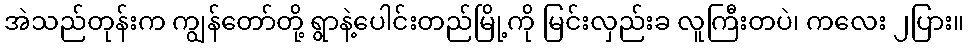
အဲသည်တုန်းက ကျွန်တော်တို့ ရွာနဲ့ပေါင်းတည်မြို့ကို မြင်းလှည်းခ လူကြီးတပဲ၊ ကလေး ၂ပြား။